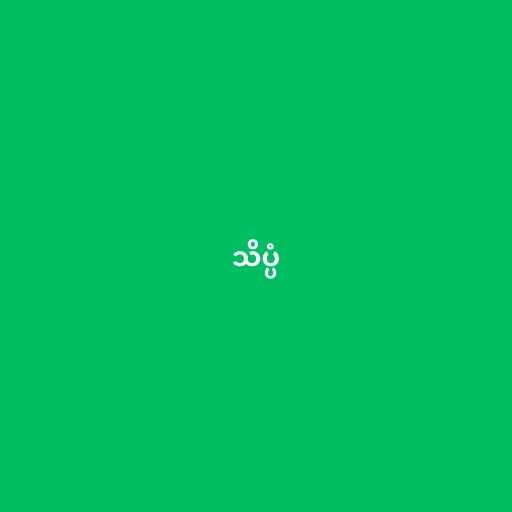
သိပ္ပံ